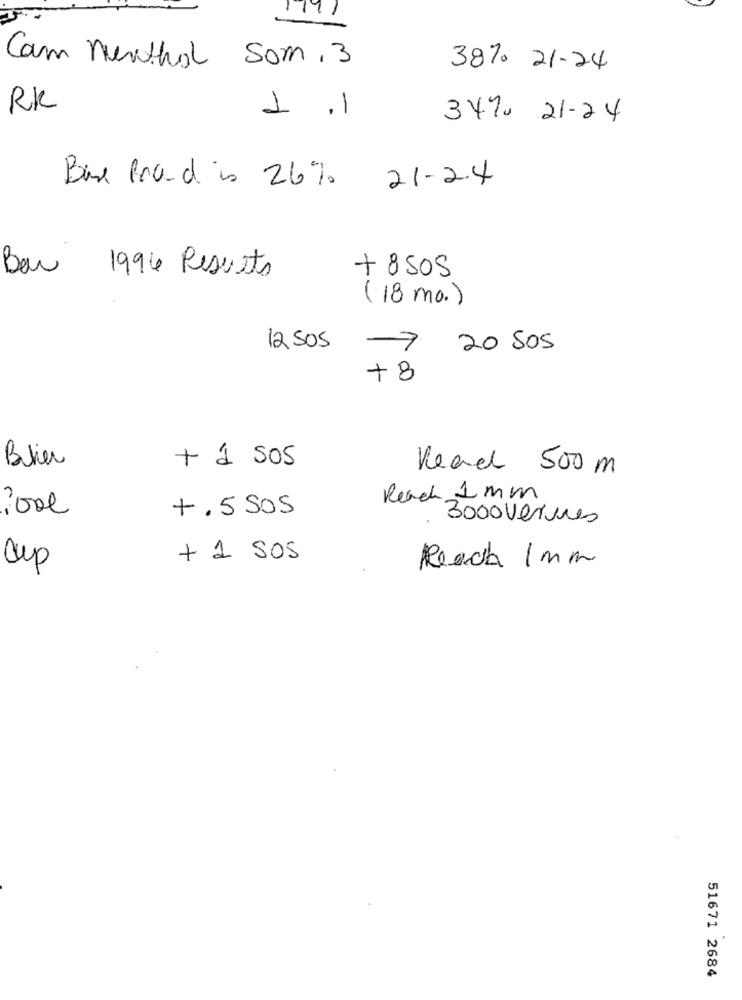
1191
Cam menthol Som , 3
38% 21-24
RK
1 .1
347, 21-24
Base Brand is 26% 21-2.4
Bar 1996 Results
+ 8505
(18 mo.)
12 505
7 20 505
+8
Bier
+ a sos
Read 500 m
Reach 1 mm
2000
+. 5 SOS
3000 verures
+ 1 SOS
Reach 1mm
51671 2684